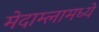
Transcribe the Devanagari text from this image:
मेदाम्लामध्ये